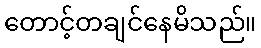
တောင့်တချင်နေမိသည်။